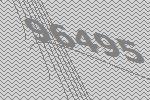
96495